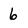
Character: 6